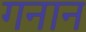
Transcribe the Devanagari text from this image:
गनान